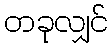
တခုလျှင်